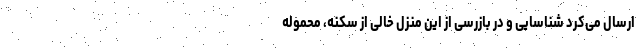
ارسال می‌کرد شناسایی و در بازرسی از این منزل خالی از سکنه، محموله